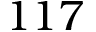
1 1 7